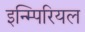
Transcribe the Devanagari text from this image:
इन्म्पिरियल